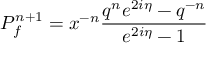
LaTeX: P _ { f } ^ { n + 1 } = x ^ { - n } \frac { q ^ { n } e ^ { 2 i \eta } - q ^ { - n } } { e ^ { 2 i \eta } - 1 }